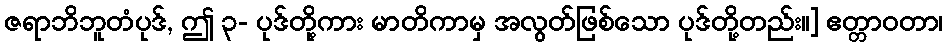
ဇရာဘိဘူတံပုဒ်, ဤ ၃- ပုဒ်တို့ကား မာတိကာမှ အလွတ်ဖြစ်သော ပုဒ်တို့တည်း။] ဧတ္တာဝတာ၊